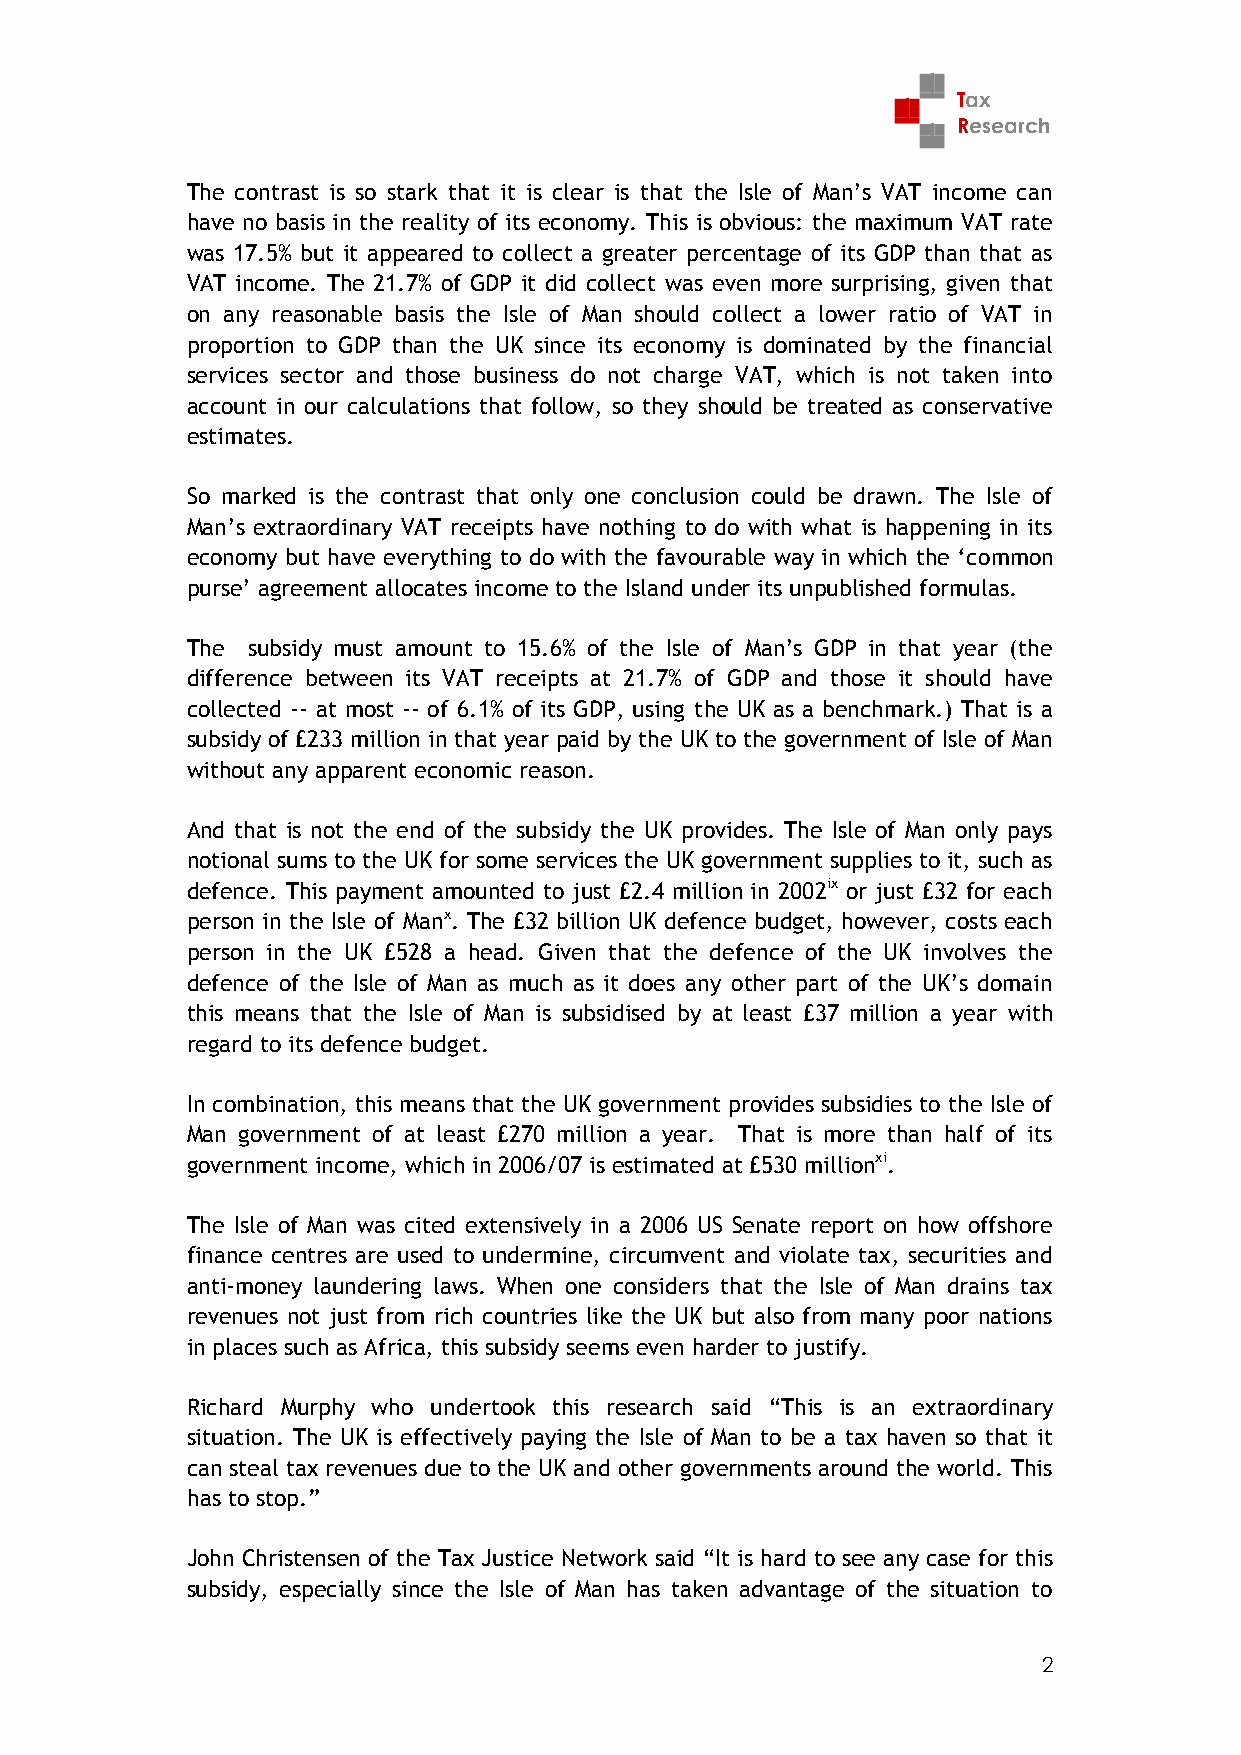
Tax
 Research
 The contrast is so stark that it is clear is that the Isle of Man’s VAT income can
 have no basis in the reality of its economy. This is obvious: the maximum VAT rate
 was 17.5% but it appeared to collect a greater percentage of its GDP than that as
 VAT income. The 21.7% of GDP it did collect was even more surprising, given that
 on any reasonable basis the Isle of Man should collect a lower ratio of VAT in
 proportion to GDP than the UK since its economy is dominated by the financial
 services sector and those business do not charge VAT, which is not taken into
 account in our calculations that follow, so they should be treated as conservative
 estimates.
 So marked is the contrast that only one conclusion could be drawn. The Isle of
 Man’s extraordinary VAT receipts have nothing to do with what is happening in its
 economy but have everything to do with the favourable way in which the ‘common
 purse’ agreement allocates income to the Island under its unpublished formulas.
 The subsidy must amount to 15.6% of the Isle of Man’s GDP in that year (the
 difference between its VAT receipts at 21.7% of GDP and those it should have
 collected -- at most -- of 6.1% of its GDP, using the UK as a benchmark.) That is a
 subsidy of £233 million in that year paid by the UK to the government of Isle of Man
 without any apparent economic reason.
 And that is not the end of the subsidy the UK provides. The Isle of Man only pays
 notional sums to the UK for some services the UK government supplies to it, such as
 defence. This payment amounted to just £2.4 million in 2002ix or just £32 for each
 person in the Isle of Manx. The £32 billion UK defence budget, however, costs each
 person in the UK £528 a head. Given that the defence of the UK involves the
 defence of the Isle of Man as much as it does any other part of the UK’s domain
 this means that the Isle of Man is subsidised by at least £37 million a year with
 regard to its defence budget.
 In combination, this means that the UK government provides subsidies to the Isle of
 Man government of at least £270 million a year. That is more than half of its
 government income, which in 2006/07 is estimated at £530 millionxi.
 The Isle of Man was cited extensively in a 2006 US Senate report on how offshore
 finance centres are used to undermine, circumvent and violate tax, securities and
 anti-money laundering laws. When one considers that the Isle of Man drains tax
 revenues not just from rich countries like the UK but also from many poor nations
 in places such as Africa, this subsidy seems even harder to justify.
 Richard Murphy who undertook this research said “This is an extraordinary
 situation. The UK is effectively paying the Isle of Man to be a tax haven so that it
 can steal tax revenues due to the UK and other governments around the world. This
 has to stop.”
 John Christensen of the Tax Justice Network said “It is hard to see any case for this
 subsidy, especially since the Isle of Man has taken advantage of the situation to
 2